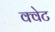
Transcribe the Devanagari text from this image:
क्वेट